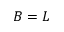
B = L